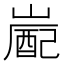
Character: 嶏